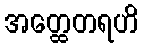
အတ္ထေတရဟိ